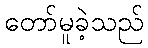
တော်မူခဲ့သည်